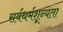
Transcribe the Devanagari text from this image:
सर्वधर्मशून्यता